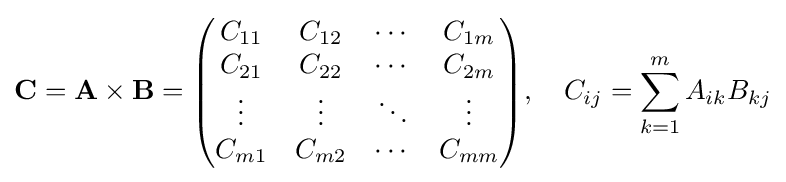
\mathbf {C} =\mathbf {A} \times \mathbf {B} ={\begin{pmatrix}C_{11}&C_{12}&\cdots &C_{1m}\\C_{21}&C_{22}&\cdots &C_{2m}\\\vdots &\vdots &\ddots &\vdots \\C_{m1}&C_{m2}&\cdots &C_{mm}\\\end{pmatrix}},\quad C_{ij}=\sum _{k=1}^{m}A_{ik}B_{kj}